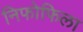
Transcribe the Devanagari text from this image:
निफोफिला